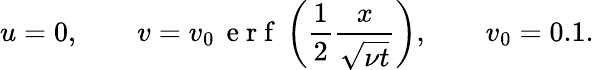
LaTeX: u=0,\qquad v=v_{0}\, \mathrm{~e~r~f~}\left(\frac{1}{2}\frac{x}{\sqrt{\nu t}}\right),\qquad v_{0}=0.1.